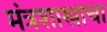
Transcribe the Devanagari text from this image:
मंत्रशास्त्राचा